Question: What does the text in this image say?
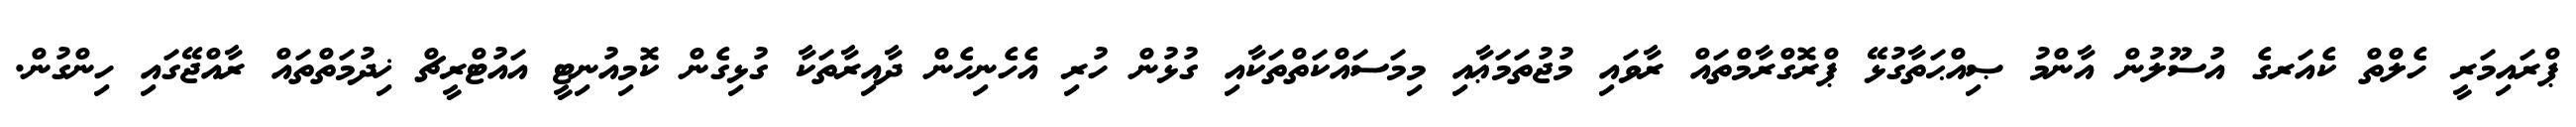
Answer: ޕްރައިމަރީ ހެލްތް ކެއަރގެ އުސޫލުން އާންމު ޞިއްޙަތާގުޅޭ ޕްރޮގްރާމްތައް ރާވައި މުޖުތަމަޢާއި މިމަސައްކަތްތަކާއި ގުޅުން ހުރި އެހެނިހެން ދާއިރާތަކާ ގުޅިގެން ކޮމިއުނިޓީ އައުޓްރީޗް ޚިދުމަތްތައް ރާއްޖޭގައި ހިންގުން.